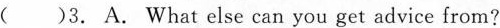
()3. A. What else can you get advice from?